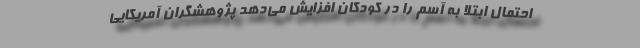
احتمال ابتلا به آسم را در کودکان افزایش می‌دهد پژوهشگران آمریکایی